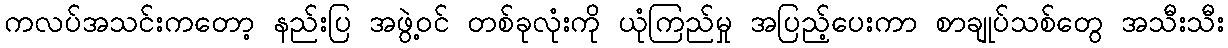
ကလပ်အသင်းကတော့ နည်းပြ အဖွဲ့ဝင် တစ်ခုလုံးကို ယုံကြည်မှု အပြည့်ပေးကာ စာချုပ်သစ်တွေ အသီးသီး